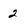
Character: 2